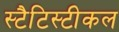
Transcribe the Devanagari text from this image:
स्टैटिस्टीकल